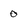
Character: 0